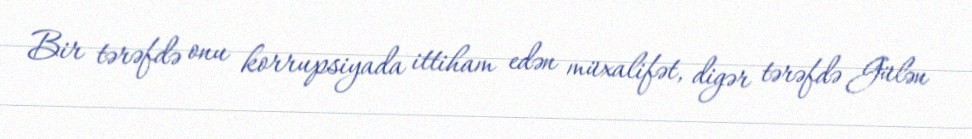
Bir tərəfdə onu korrupsiyada ittiham edən müxalifət, digər tərəfdə Gülən